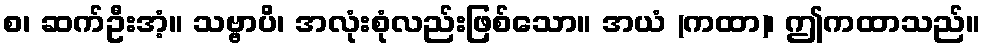
စ၊ ဆက်ဦးအံ့။ သဗ္ဗာပိ၊ အလုံးစုံလည်းဖြစ်သော။ အယံ (ကထာ)၊ ဤကထာသည်။